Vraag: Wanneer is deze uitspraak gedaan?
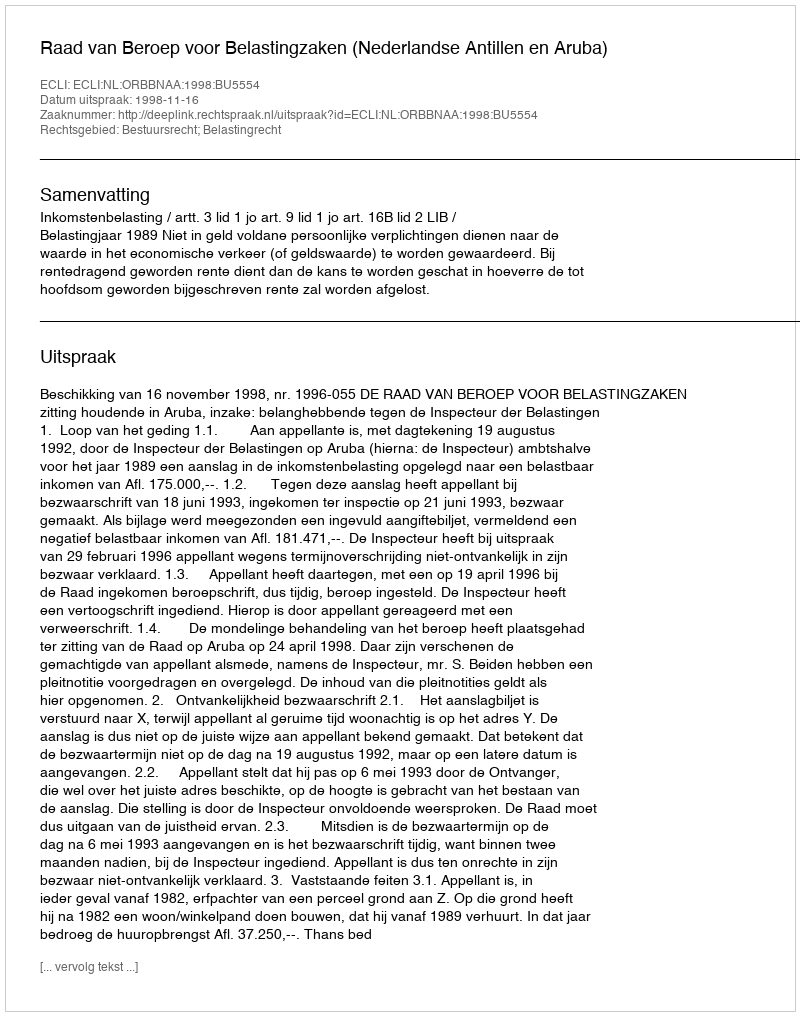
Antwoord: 1998-11-16